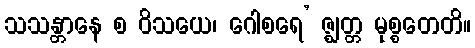
သသန္တာနေ စ ဝိသယေ၊ ဂေါစရေ’ ဇ္ဈတ္တ မုစ္စတေတိ။